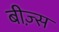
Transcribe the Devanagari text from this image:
बीज़्स